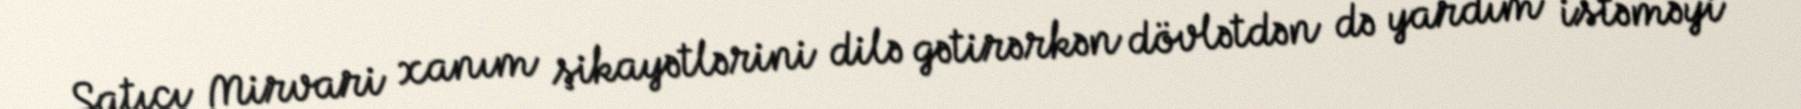
Satıcı Mirvari xanım şikayətlərini dilə gətirərkən dövlətdən də yardım istəməyi